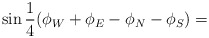
\begin{align*}\sin{\frac{1}{4} (\phi_W + \phi_E - \phi_N - \phi_S )} =\end{align*}